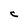
Character: C